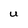
Character: U